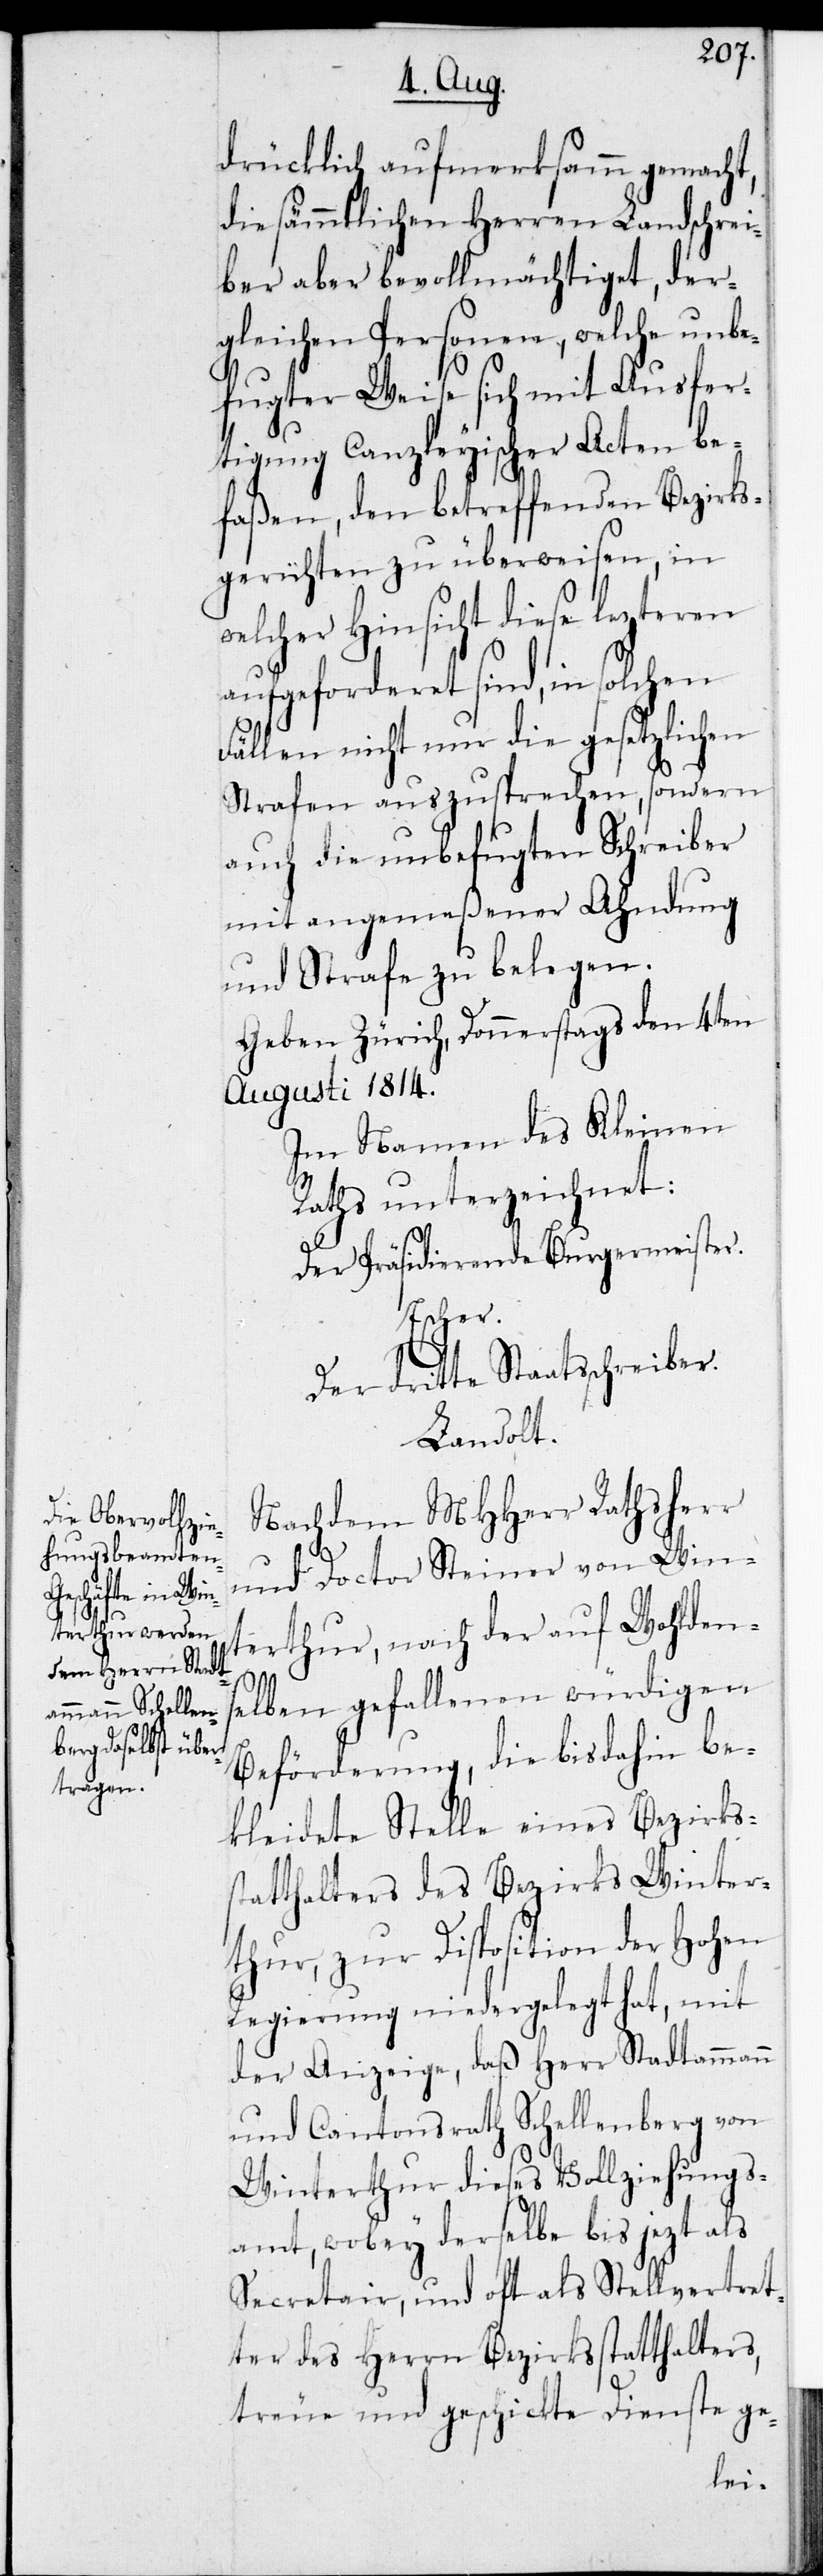
drücklich aufmerksamm gemacht,
die sämmtlichen Herren Landschrei¬
ber aber bevollmächtiget, der¬
gleichen Personen, welche unbe¬
fugter Weise sich mit Ausfer¬
tigung Canzleyischer Acten be¬
faßen, den betreffenden Bezirks¬
gerichten zu überweisen, in
welcher Hinsicht diese lezteren
aufgeforderet sind, in solchen
Fällen nicht nur die gesetzlichen
Strafen auszusprechen, sondern
auch die unbefugten Schreiber
mit angemeßener Ahndung
und Strafe zu belegen.
Geben Zürich, Donnerstags den 4ten
Augusti 1814.
Im Namen des Kleinen
Raths unterzeichnet:
Der Präsidierende Burgermeister.
Escher.
Der dritte Staatsschreiber.
Landolt.
Nachdem MHHerr Rathsherr
und Doctor Steiner von Win¬
terthur, nach der auf Wohldens¬
elben gefallenen würdigen
Beförderung, die bis dahin be¬
kleidete Stelle eines Bezirks¬
statthalters des Bezirks Winter¬
thur, zur Disposition der Hohen
Regierung niedergelegt hat, mit
der Anzeige, daß Herr Stadtammann
und Cantonsrat Schellenberg von
Winterthur dieses Vollziehungs¬
amt, wobey derselbe bis jezt als
Secretair, und oft als Stellvertret¬
er des Herrn Bezirksstatthalters,
treue und geschickte Dienste ge-